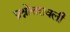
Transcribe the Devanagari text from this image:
प्रश्नोत्तरावली